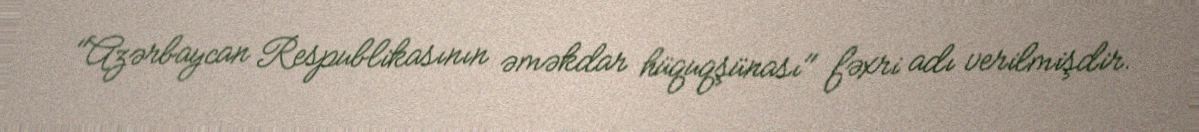
"Azərbaycan Respublikasının əməkdar hüquqşünası" fəxri adı verilmişdir.